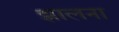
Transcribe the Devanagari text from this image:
झालना